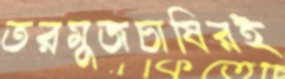
তরমুজচাষিরই